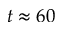
t \approx 6 0